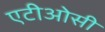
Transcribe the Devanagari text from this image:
एटीओसी